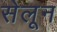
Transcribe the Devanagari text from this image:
सेलून